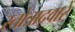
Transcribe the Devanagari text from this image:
स्तोत्राद्वारे